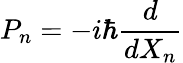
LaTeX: P_{n}=-i\hbar{\frac{d}{dX_{n}}}